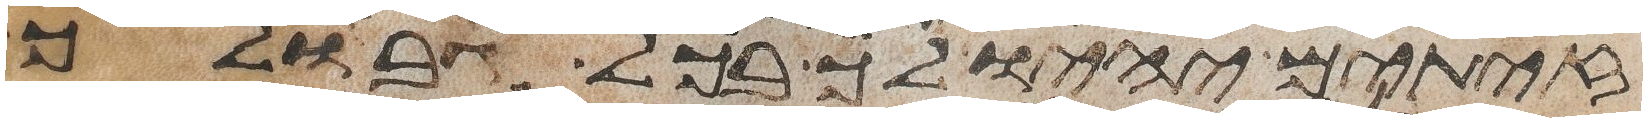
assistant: זיתים יהיו לך בכל גבולך